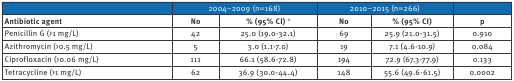
|  | <COLSPAN=2> 2004–2009 (n=168) | <COLSPAN=2> 2010–2015 (n=266) |  |
 | --- | --- | --- | --- | --- | --- |
 | Antibiotic agent | No | % (95% CI)a | No | % (95% CI) | p |
 | Penicillin G (>1 mg/L) | 42 | 25.0 (19.0-32.1) | 69 | 25.9 (21.0-31.5) | 0.910 |
 | Azithromycin (>0.5 mg/L) | 5 | 3.0 (1.1-7.0) | 19 | 7.1 (4.6-10.9) | 0.084 |
 | Ciprofloxacin (>0.06 mg/L) | 111 | 66.1 (58.6-72.8) | 194 | 72.9 (67.3-77.9) | 0.133 |
 | Tetracycline (>1 mg/L) | 62 | 36.9 (30.0-44.4) | 148 | 55.6 (49.6-61.5) | 0.0002 |